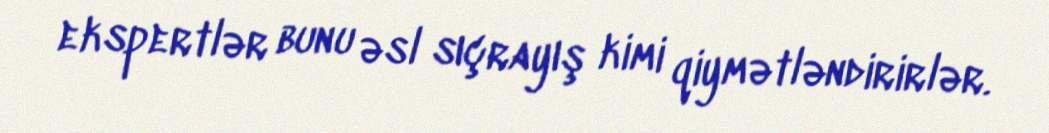
ekspertlər bunu əsl sıçrayış kimi qiymətləndirirlər.